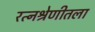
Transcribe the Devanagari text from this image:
रत्नश्रेणीतला